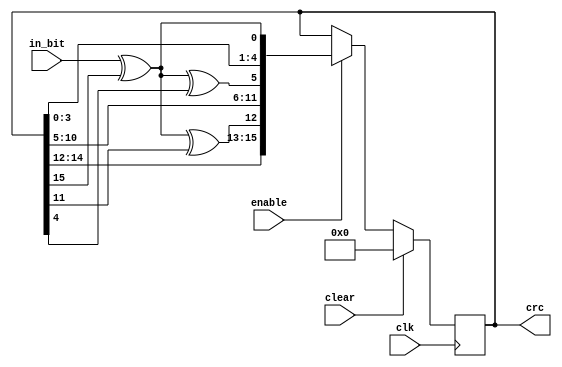
/* sd_crc16: SD host interface crc16 calculation
 *
 * ME 7 Mar 2022
 *
 * Copyright 2022 Matt Evans
 * SPDX-License-Identifier: Apache-2.0 WITH SHL-2.1
 *
 * Licensed under the Solderpad Hardware License v 2.1 (the License); you may
 * not use this file except in compliance with the License, or, at your option,
 * the Apache License version 2.0. You may obtain a copy of the License at
 *
 *  https://solderpad.org/licenses/SHL-2.1/
 *
 * Unless required by applicable law or agreed to in writing, any work
 * distributed under the License is distributed on an AS IS BASIS, WITHOUT
 * WARRANTIES OR CONDITIONS OF ANY KIND, either express or implied. See the
 * License for the specific language governing permissions and limitations
 * under the License.
 */

module sd_crc16(input wire        clk,
                output reg [15:0] crc,
                input wire        in_bit,
                input wire        enable,
                input wire        clear
               );

   wire                   crc_in = in_bit ^ crc[15];

   always @(posedge clk)
     if (clear)
       crc[15:0]        <= 16'h0;
     else if (enable)
       crc[15:0] <= {crc[14:12], // 3
                     crc_in ^ crc[11],
                     crc[10:5], // 6
                     crc_in ^ crc[4],
                     crc[3:0],  // 4
                     crc_in};

endmodule